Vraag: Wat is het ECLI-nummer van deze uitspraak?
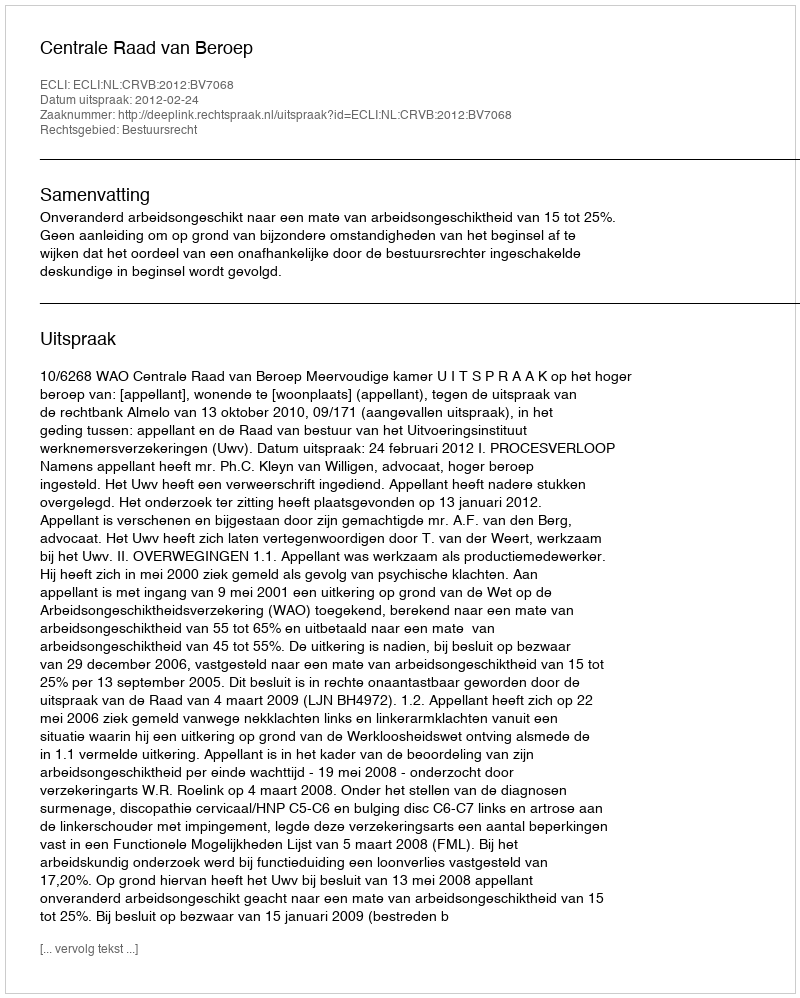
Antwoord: ECLI:NL:CRVB:2012:BV7068